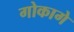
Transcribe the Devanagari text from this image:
गोकागे